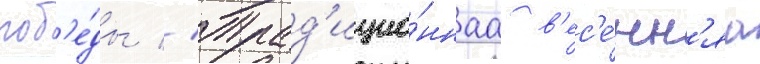
поб'е́ды // Трад'ицио́ннаа в'ес'е́нн'яа